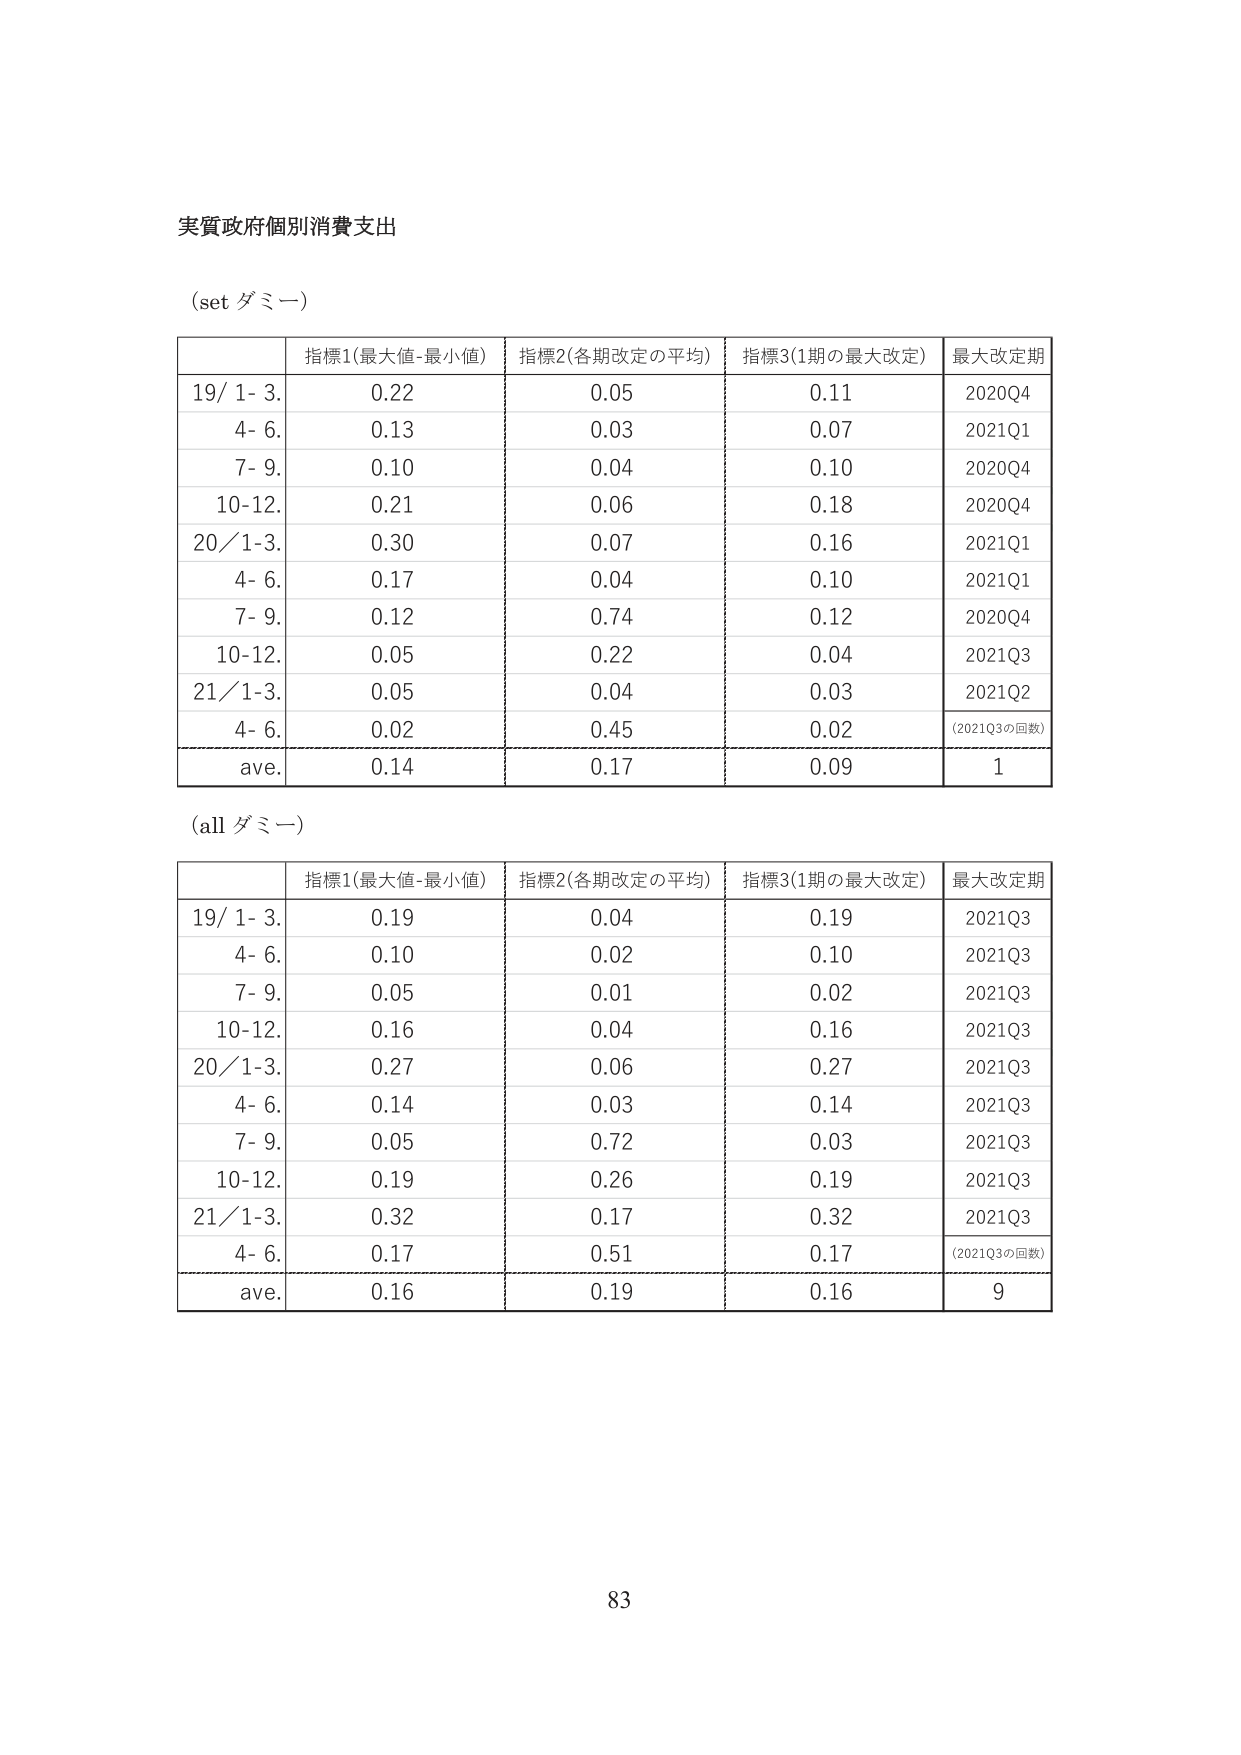
実質政府個別消費支出

(set ダミー)

| | 指標1(最大値-最小値) | 指標2(各期改定の平均) | 指標3(1期の最大改定) | 最大改定期 |
|---|---|---|---|---|
| 19/ 1- 3. | 0.22 | 0.05 | 0.11 | 2020Q4 |
| 4- 6. | 0.13 | 0.03 | 0.07 | 2021Q1 |
| 7- 9. | 0.10 | 0.04 | 0.10 | 2020Q4 |
| 10-12. | 0.21 | 0.06 | 0.18 | 2020Q4 |
| 20/ 1-3. | 0.30 | 0.07 | 0.16 | 2021Q1 |
| 4- 6. | 0.17 | 0.04 | 0.10 | 2021Q1 |
| 7- 9. | 0.12 | 0.74 | 0.12 | 2020Q4 |
| 10-12. | 0.05 | 0.22 | 0.04 | 2021Q3 |
| 21/ 1-3. | 0.05 | 0.04 | 0.03 | 2021Q2 |
| 4- 6. | 0.02 | 0.45 | 0.02 | (2021Q3の回数) |
| ave. | 0.14 | 0.17 | 0.09 | 1 |

(all ダミー)

| | 指標1(最大値-最小値) | 指標2(各期改定の平均) | 指標3(1期の最大改定) | 最大改定期 |
|---|---|---|---|---|
| 19/ 1- 3. | 0.19 | 0.04 | 0.19 | 2021Q3 |
| 4- 6. | 0.10 | 0.02 | 0.10 | 2021Q3 |
| 7- 9. | 0.05 | 0.01 | 0.02 | 2021Q3 |
| 10-12. | 0.16 | 0.04 | 0.16 | 2021Q3 |
| 20/ 1-3. | 0.27 | 0.06 | 0.27 | 2021Q3 |
| 4- 6. | 0.14 | 0.03 | 0.14 | 2021Q3 |
| 7- 9. | 0.05 | 0.72 | 0.03 | 2021Q3 |
| 10-12. | 0.19 | 0.26 | 0.19 | 2021Q3 |
| 21/ 1-3. | 0.32 | 0.17 | 0.32 | 2021Q3 |
| 4- 6. | 0.17 | 0.51 | 0.17 | (2021Q3の回数) |
| ave. | 0.16 | 0.19 | 0.16 | 9 |

83